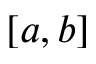
[ a , b ]